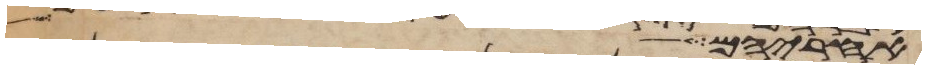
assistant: אחריהם לך